Annual report of the Central Committee of the Association together with the report of the directors of the Pasteur Institute at Kasauli
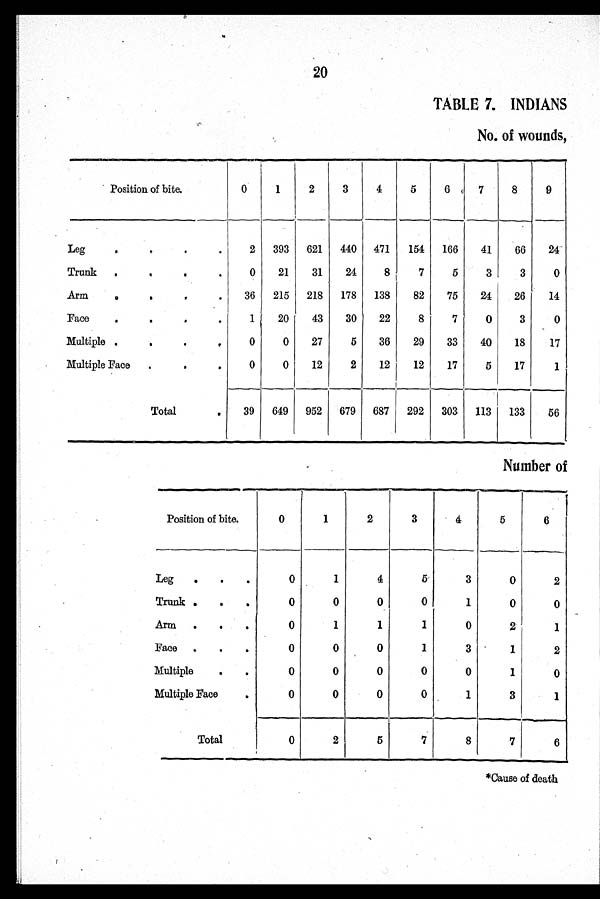
20
TABLE 7.INDIANS
No. of wounds,
Position of bite.
0
1
2
3
4
5
6
7
8
9
Leg
2 393 621 440 471
154
166
41
66
24
Trunk
0
21
31
24
8
7
5
3
3
0
Arm
36 215 218
178
138
82
75
24
26
14
Face
1
20
43
30
22
8
7
0
3
0
Multiple
0
0
27
5
36
29
33
40
18
17
Multiple Face
0
0
12
2
12
12
17
5
17
1
Total
39
649 952
679 687
292 303 113 133
56
Number of
Position of bite.
0
1
2
3
4
5
6
Leg
0
1
4
5
3
0
2
Trunk
0
0
0
0
1
0
0
Arm
0
1
1
1
0
2
1
Face
0
0
0
1
3
1
2
Multiple
0
0
0
0
0
1
0
Multiple Face
0
0
0
0
1
3
1
Total
0
2
5
7
8
7
6
*Cause of death